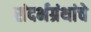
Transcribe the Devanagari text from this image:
संदर्भग्रंथांचे